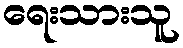
ရေးသားသူ